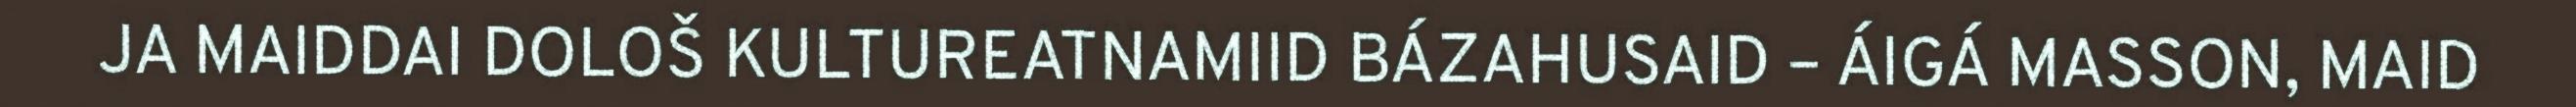
JA MAIDDAI DOLOŠ KULTUREATNAMIID BÁZAHUSAID – ÁIGÁ MASSON, MAID